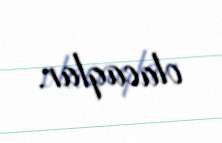
olacaqlar.